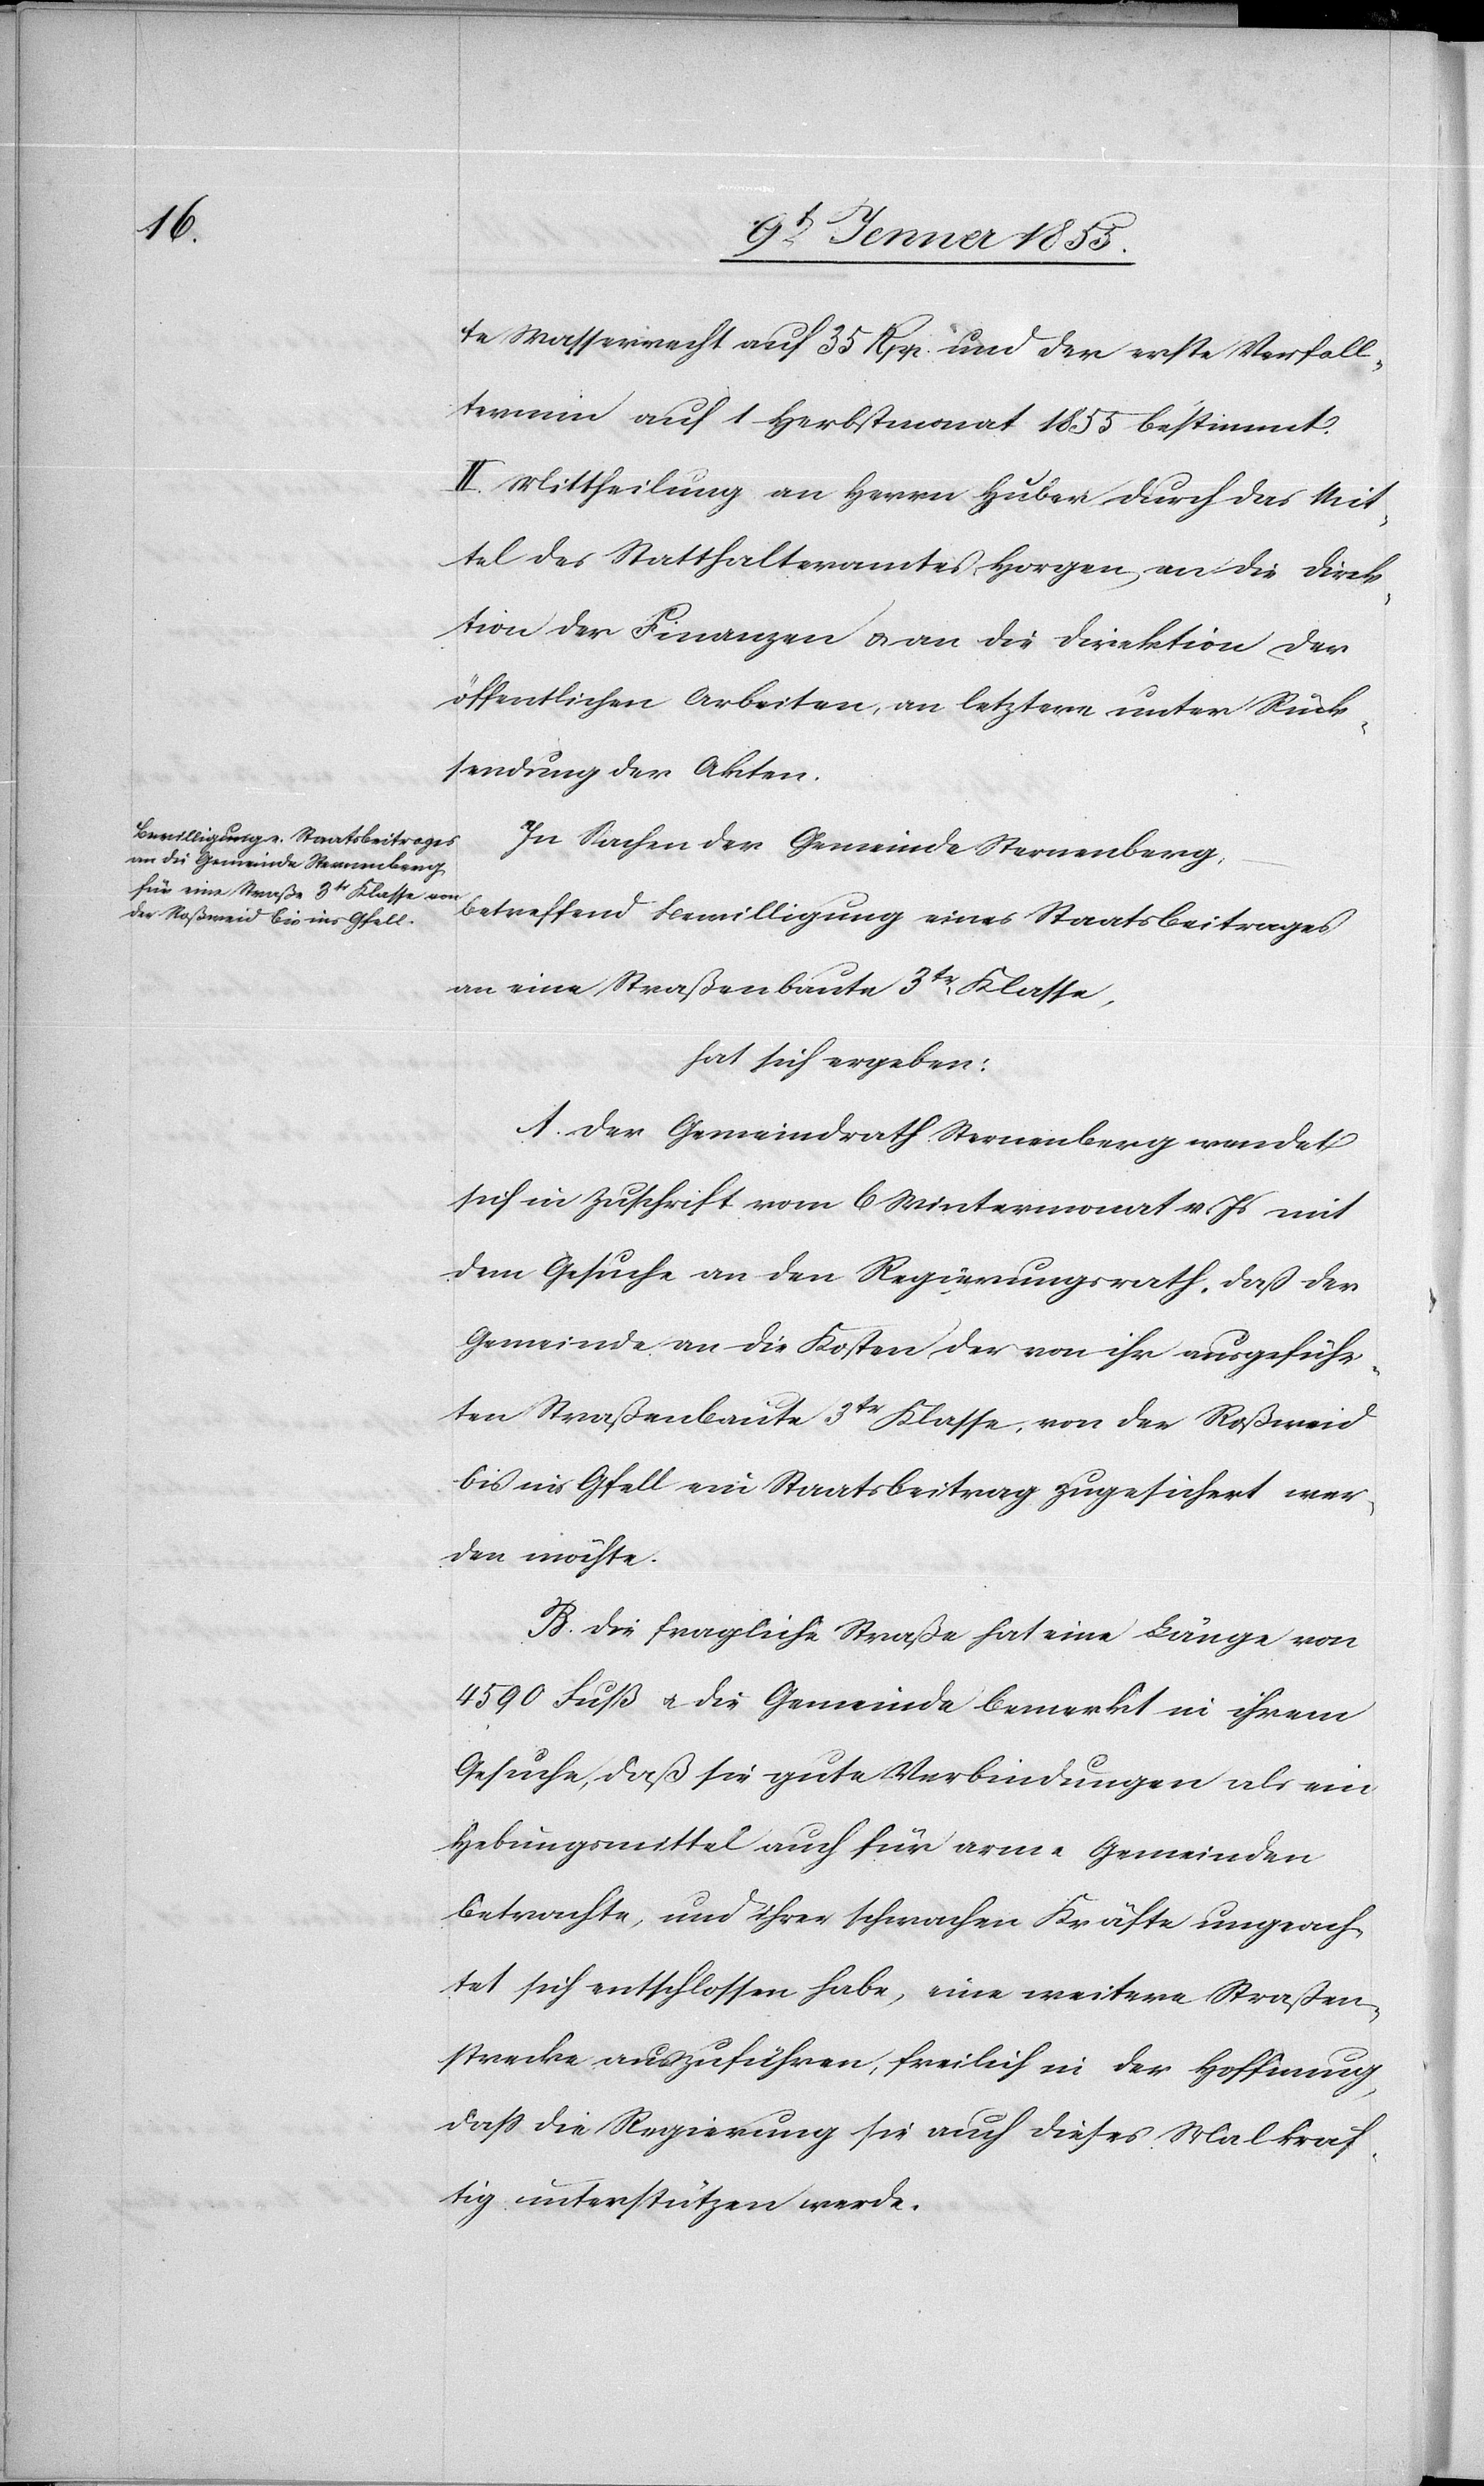
te Wasserrecht auf 35 Rpp. und der erste Verfall¬
termin auf 1 Herbstmonat 1855 bestimmt.
II. Mittheilung an Herrn Huber durch das Mit¬
tel des Statthalteramtes Horgen, an die Direk¬
tion der Finanzen & an die Direktion der
öffentlichen Arbeiten, an letztere unter Rück¬
sendung der Akten.
In Sachen der Gemeinde Sternenberg,
betreffend Bewilligung eines Staatsbeitrages
an eine Straßenbaute 3tr. Klasse,
hat sich ergeben:
A. Der Gemeindrath Sternenberg wendet
sich in Zuschrift vom 6 Wintermonat v. Js mit
dem Gesuche an den Regierungsrath, daß der
Gemeinde an die Kosten der von ihr ausgeführ¬
ten Straßenbaute 3tr Klasse, von der Roßweid
bis ins Gfell ein Staatsbeitrag zugesichert wer¬
den möchte.
B. Die fragliche Straße hat eine Länge von
4590 Fuß & die Gemeinde bemerkt in ihrem
Gesuche, daß sie gute Verbindungen als ein
Hebungsmittel auch für arme Gemeinden
betrachte, und ihrer schwachen Kräfte ungeach¬
tet sich entschlossen habe, eine weitere Straßen¬
strecke auszuführen, freilich in der Hoffnung,
dass die Regierung sie auch dieses Mal kräf¬
tig unterstützen werde.